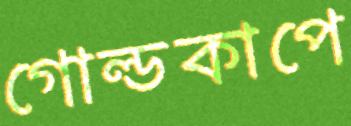
গোল্ডকাপে